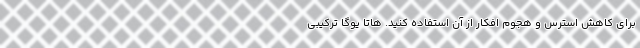
برای کاهش استرس و هجوم افکار از آن استفاده کنید. هاتا یوگا ترکیبی